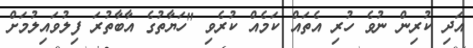
އަދި ކުރިން ނުވެ ހުރި އެތައް ކަމެއް ކުރެވި "ހަޔާތުގެ އާބާތުރަ ފިލުވައިލުމަށް